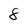
Character: 8